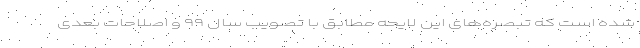
شده است که تبصره‌های این لایحه مطابق با تصویب سال ۹۹ و اصلاحات بعدی